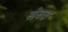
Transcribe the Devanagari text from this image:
सेबत